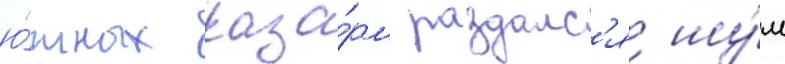
ю́жных каза́рм раздалс'я шу́м